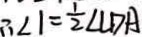
\therefore \angle 1 = \frac { 1 } { 2 } \angle L D A